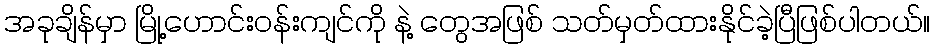
အခုချိန်မှာ မြို့ဟောင်းဝန်းကျင်ကို နဲ့ တွေအဖြစ် သတ်မှတ်ထားနိုင်ခဲ့ပြီဖြစ်ပါတယ်။